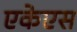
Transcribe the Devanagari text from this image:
एकेएस